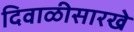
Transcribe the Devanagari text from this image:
दिवाळीसारखे